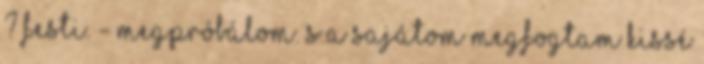
? festi. - Megpróbálom. S a sajátom megfogtam kissé